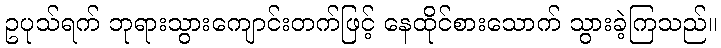
ဥပုသ်ရက် ဘုရားသွားကျောင်းတက်ဖြင့် နေထိုင်စားသောက် သွားခဲ့ကြသည်။